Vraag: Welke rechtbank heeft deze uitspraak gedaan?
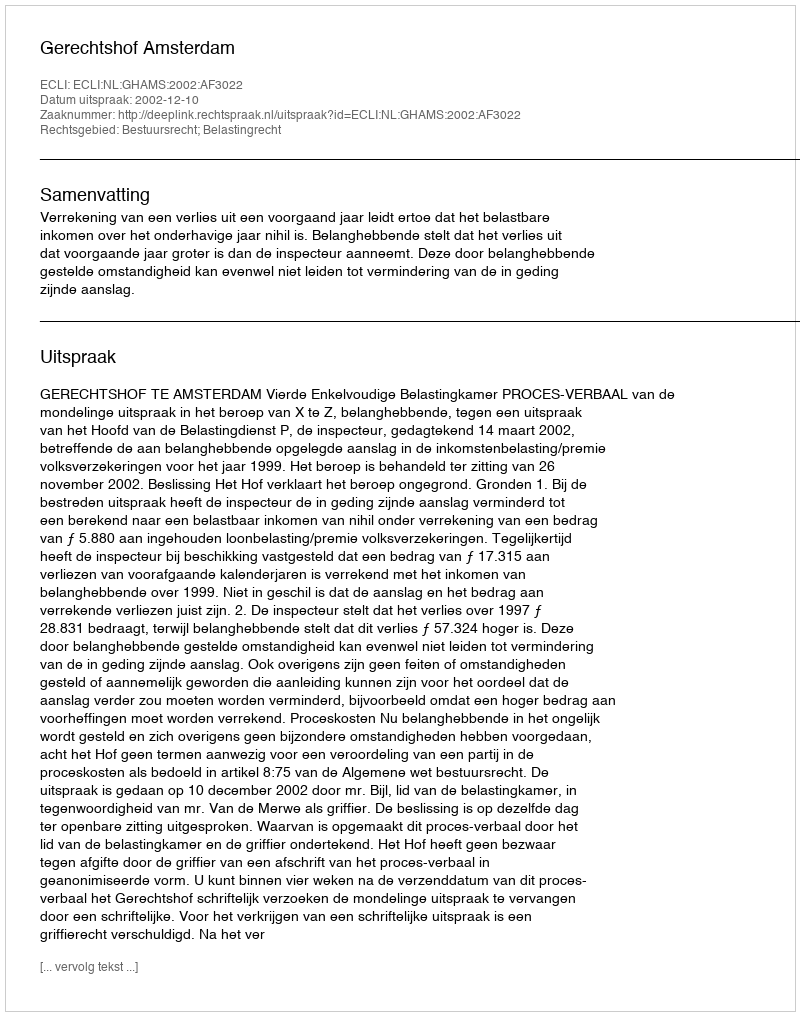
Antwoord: Gerechtshof Amsterdam